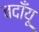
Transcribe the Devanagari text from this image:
बदाँयू